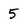
Character: 5